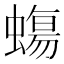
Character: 𧐀